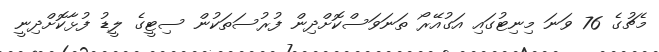
މެޗުގެ 76 ވަނަ މިނިޓުގައި އަގުއޭރޯ ތަނަވަސްކޮށްދިން ފުރުސަތަކުން ސިޓީގެ ލީޑު ފުޅާކޮށްދިނީ